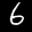
Label: 6